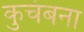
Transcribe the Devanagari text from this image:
कुचंबना